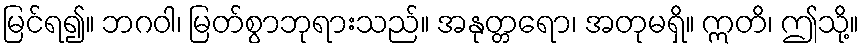
မြင်ရ၍။ ဘဂဝါ၊ မြတ်စွာဘုရားသည်။ အနုတ္တရော၊ အတုမရှိ။ ဣတိ၊ ဤသို့။